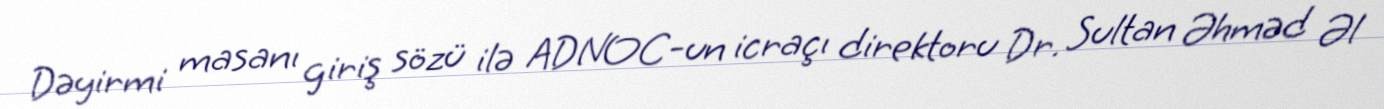
Dəyirmi masanı giriş sözü ilə ADNOC-un icraçı direktoru Dr. Sultan Əhməd Əl